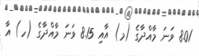
8.01 ވަނަ މާއްދާގެ (މ) އާއި 8.15 ވަނަ މާއްދާގެ (ހ) އާ